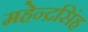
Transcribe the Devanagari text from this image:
महेन्द्रसिंह